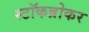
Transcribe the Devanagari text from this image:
स्‍टॉकब्रोकर